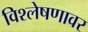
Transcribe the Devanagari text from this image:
विश्लेषणावर